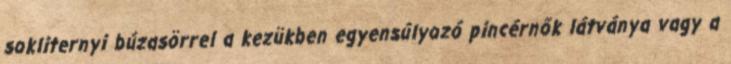
sokliternyi búzasörrel a kezükben egyensúlyozó pincérnők látványa vagy a